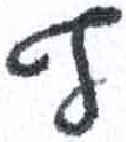
אות: ף